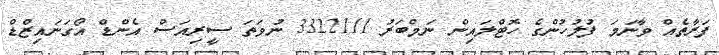
ފަރާތެއް ވާނަމަ ފުލުހުންގެ ހޮޓްލައިން ނަމްބަރު 3322111 ނުވަތަ ސީރިއަސް އެންޑް އޯގަނައިޒްޑް